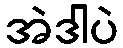
အဲဒါပဲ